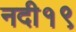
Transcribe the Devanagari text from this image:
नदी१९